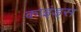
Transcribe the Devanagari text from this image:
काइंड्स